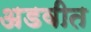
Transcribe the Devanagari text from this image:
अडवीत